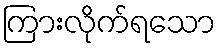
ကြားလိုက်ရသော